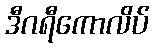
ဒီဂရီကောလိပ်